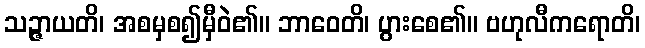
သဉ္ဇာယတိ၊ အစမှစ၍မှီဝဲ၏။ ဘာဝေတိ၊ ပွားစေ၏။ ဗဟုလီကရောတိ၊